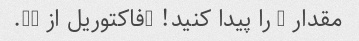
مقدار 3 را پیدا کنید! (فاکتوریل از 3).